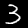
Label: 3